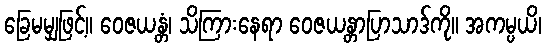
ခြေမမျှဖြင့်။ ဝေဇယန္တံ၊ သိကြားနေရာ ဝေဇယန္တာပြာသာဒ်ကို။ အကမ္ပယိ၊